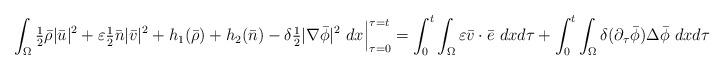
LaTeX: \begin{align*} \int_\Omega \tfrac{1}{2}\bar \rho|\bar u|^2+\varepsilon \tfrac{1}{2}\bar n|\bar v|^2+h_1(\bar \rho)+h_2(\bar n) - \delta\tfrac{1}{2} |\nabla \bar \phi|^2 \ dx \Big|_{\tau=0}^{\tau=t} = \int_0^t \int_\Omega \varepsilon \bar v \cdot \bar e \ dxd\tau + \int_0^t \int_\Omega \delta (\partial_\tau \bar \phi) \Delta \bar \phi \ dxd\tau \ ,\end{align*}